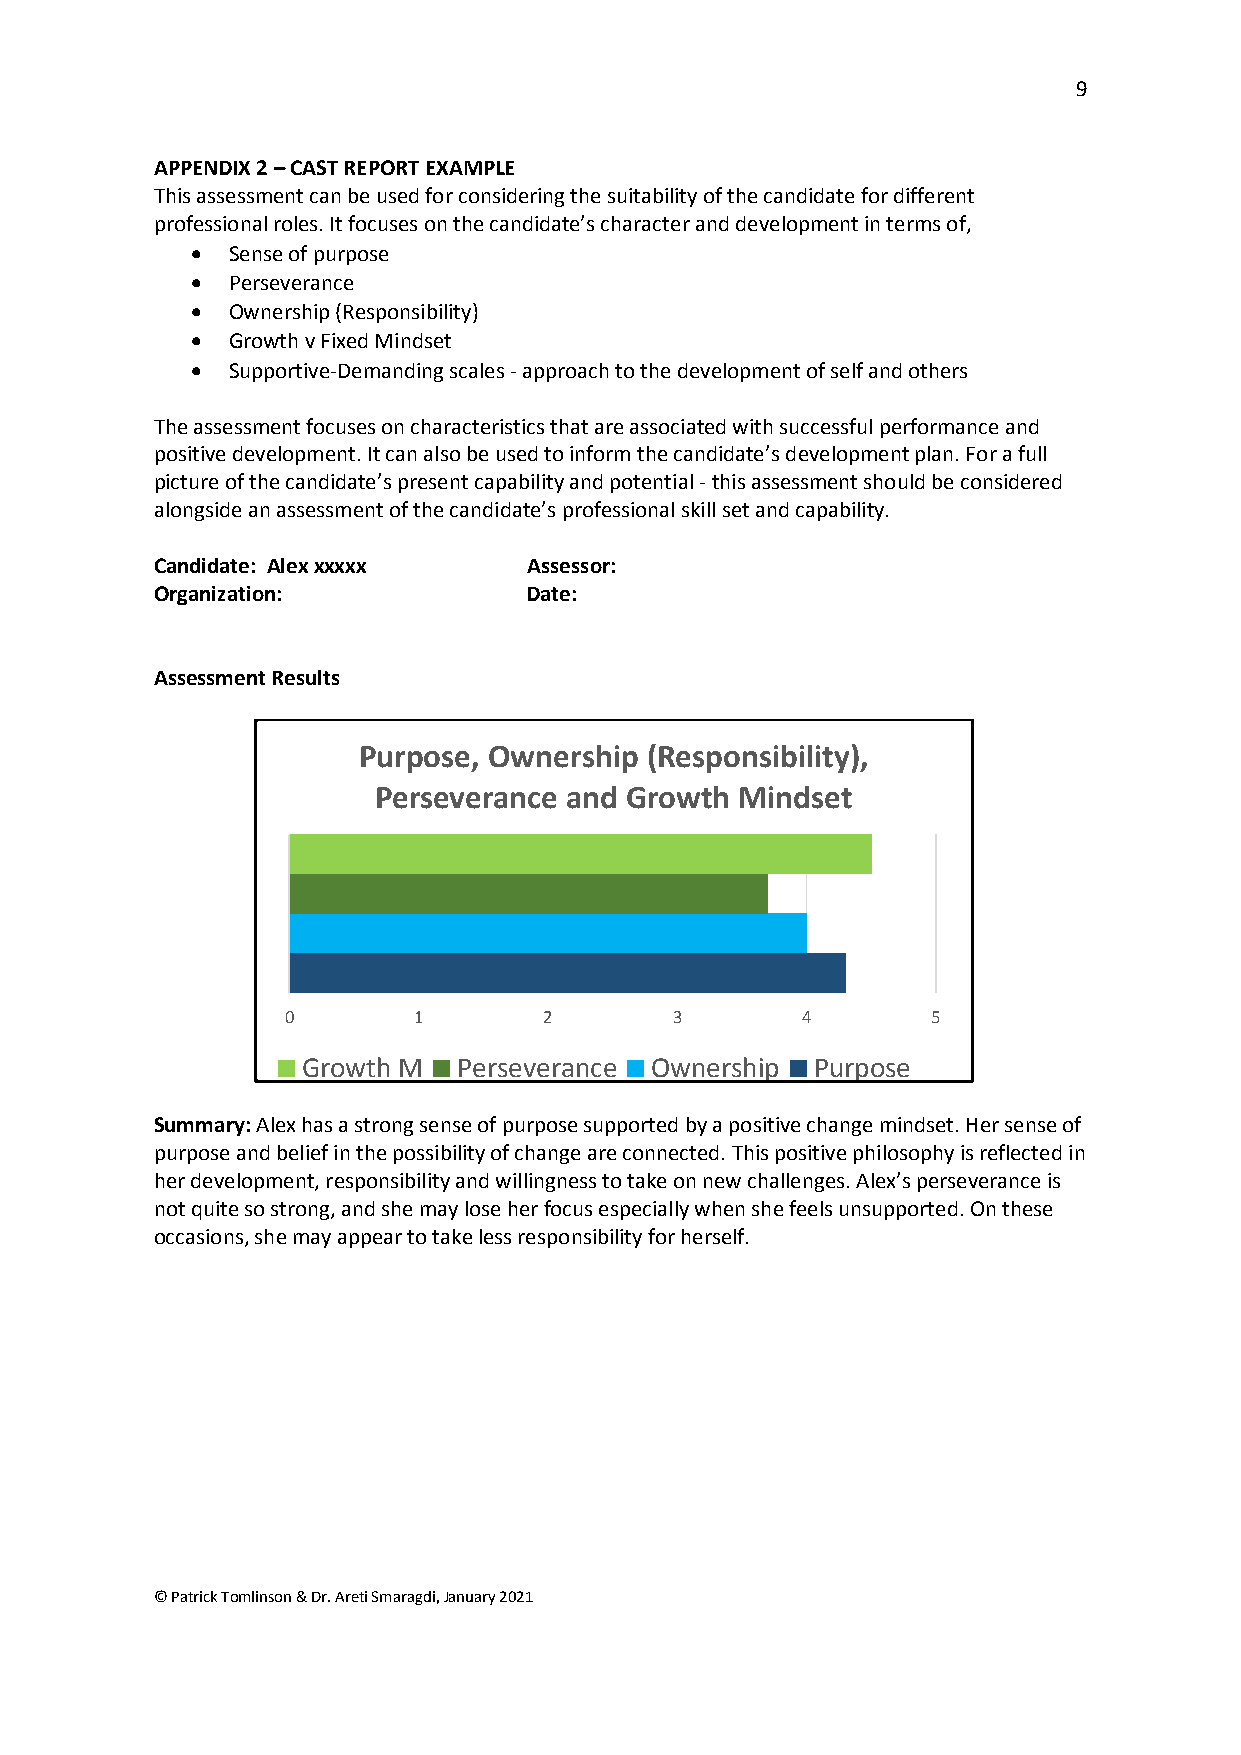
9
 APPENDIX 2 – CAST REPORT EXAMPLE
 This assessment can be used for considering the suitability of the candidate for different
 professional roles. It focuses on the candidate’s character and development in terms of,
 • Sense of purpose
 • Perseverance
 • Ownership (Responsibility)
 • Growth v Fixed Mindset
 • Supportive-Demanding scales - approach to the development of self and others
 The assessment focuses on characteristics that are associated with successful performance and
 positive development. It can also be used to inform the candidate’s development plan. For a full
 picture of the candidate’s present capability and potential - this assessment should be considered
 alongside an assessment of the candidate’s professional skill set and capability.
 Candidate: Alex xxxxx    Assessor:
 Organization:            Date:
 Assessment Results
 Purpose, Ownership (Responsibility),
 Perseverance and Growth Mindset
 0       1        2        3       4        5
 Growth M  Perseverance Ownership  Purpose
 Summary: Alex has a strong sense of purpose supported by a positive change mindset. Her sense of
 purpose and belief in the possibility of change are connected. This positive philosophy is reflected in
 her development, responsibility and willingness to take on new challenges. Alex’s perseverance is
 not quite so strong, and she may lose her focus especially when she feels unsupported. On these
 occasions, she may appear to take less responsibility for herself.
 © Patrick Tomlinson & Dr. Areti Smaragdi, January 2021